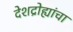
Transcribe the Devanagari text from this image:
देशद्रोह्यांचा